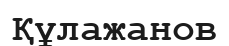
Құлажанов